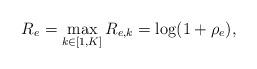
LaTeX: \begin{align*}R_{e} = \max_{k \in [1,K]} R_{e,k} = \log(1+\rho_{e}),\end{align*}